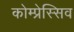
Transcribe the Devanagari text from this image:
कोम्प्रेस्सिव